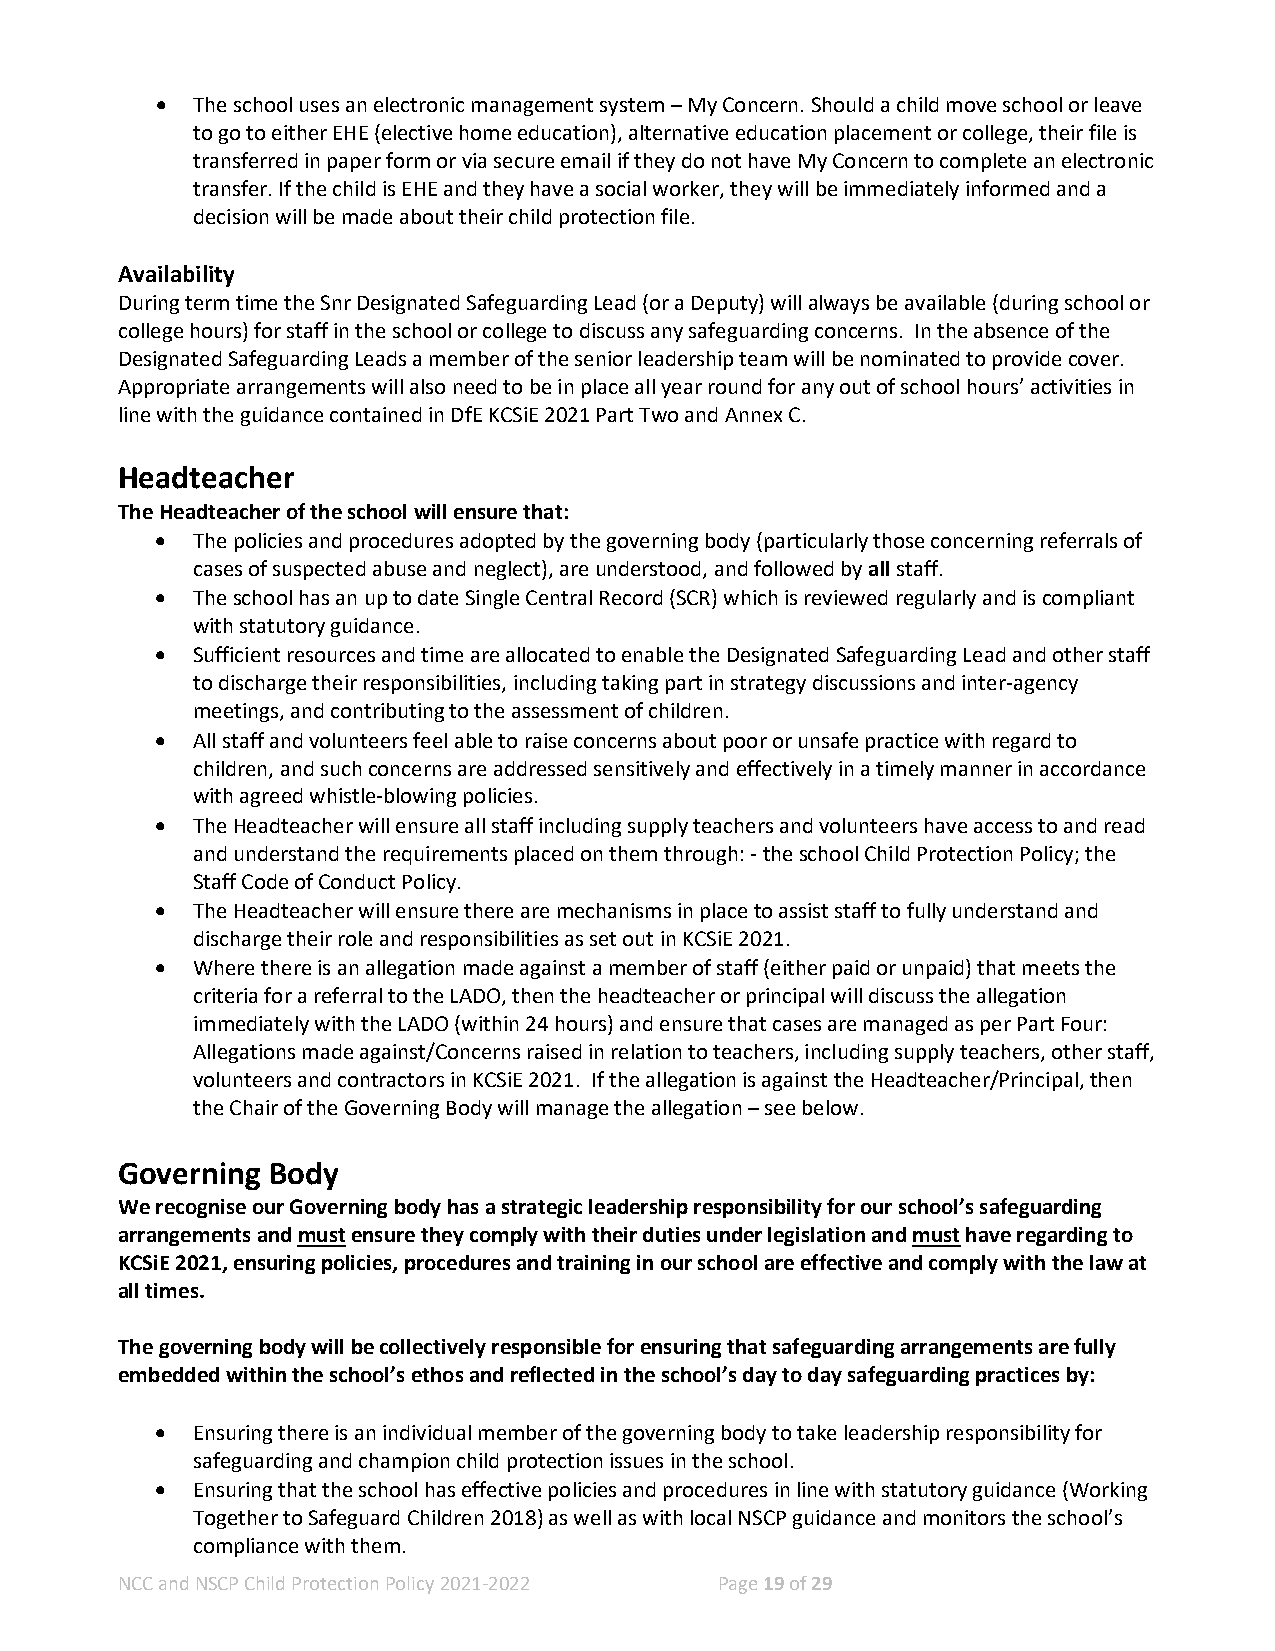
•  The school uses an electronic management system – My Concern. Should a child move school or leave
 to go to either EHE (elective home education), alternative education placement or college, their file is
 transferred in paper form or via secure email if they do not have My Concern to complete an electronic
 transfer. If the child is EHE and they have a social worker, they will be immediately informed and a
 decision will be made about their child protection file.
 Availability
 During term time the Snr Designated Safeguarding Lead (or a Deputy) will always be available (during school or
 college hours) for staff in the school or college to discuss any safeguarding concerns. In the absence of the
 Designated Safeguarding Leads a member of the senior leadership team will be nominated to provide cover.
 Appropriate arrangements will also need to be in place all year round for any out of school hours’ activities in
 line with the guidance contained in DfE KCSiE 2021 Part Two and Annex C.
 Headteacher
 The Headteacher of the school will ensure that:
 •  The policies and procedures adopted by the governing body (particularly those concerning referrals of
 cases of suspected abuse and neglect), are understood, and followed by all staff.
 •  The school has an up to date Single Central Record (SCR) which is reviewed regularly and is compliant
 with statutory guidance.
 •  Sufficient resources and time are allocated to enable the Designated Safeguarding Lead and other staff
 to discharge their responsibilities, including taking part in strategy discussions and inter-agency
 meetings, and contributing to the assessment of children.
 •  All staff and volunteers feel able to raise concerns about poor or unsafe practice with regard to
 children, and such concerns are addressed sensitively and effectively in a timely manner in accordance
 with agreed whistle-blowing policies.
 •  The Headteacher will ensure all staff including supply teachers and volunteers have access to and read
 and understand the requirements placed on them through: - the school Child Protection Policy; the
 Staff Code of Conduct Policy.
 •  The Headteacher will ensure there are mechanisms in place to assist staff to fully understand and
 discharge their role and responsibilities as set out in KCSiE 2021.
 •  Where there is an allegation made against a member of staff (either paid or unpaid) that meets the
 criteria for a referral to the LADO, then the headteacher or principal will discuss the allegation
 immediately with the LADO (within 24 hours) and ensure that cases are managed as per Part Four:
 Allegations made against/Concerns raised in relation to teachers, including supply teachers, other staff,
 volunteers and contractors in KCSiE 2021. If the allegation is against the Headteacher/Principal, then
 the Chair of the Governing Body will manage the allegation – see below.
 Governing Body
 We recognise our Governing body has a strategic leadership responsibility for our school’s safeguarding
 arrangements and must ensure they comply with their duties under legislation and must have regarding to
 KCSiE 2021, ensuring policies, procedures and training in our school are effective and comply with the law at
 all times.
 The governing body will be collectively responsible for ensuring that safeguarding arrangements are fully
 embedded within the school’s ethos and reflected in the school’s day to day safeguarding practices by:
 •  Ensuring there is an individual member of the governing body to take leadership responsibility for
 safeguarding and champion child protection issues in the school.
 •  Ensuring that the school has effective policies and procedures in line with statutory guidance (Working
 Together to Safeguard Children 2018) as well as with local NSCP guidance and monitors the school’s
 compliance with them.
 NCC and NSCP Child Protection Policy 2021-2022 Page 19 of 29